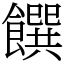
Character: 饌